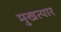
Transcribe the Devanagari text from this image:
मुखत्यार